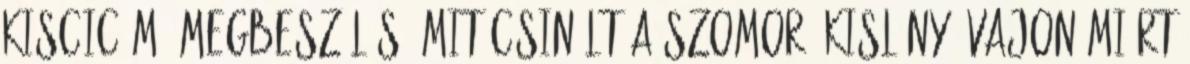
kiscicám. Megbeszélés: Mit csinált a szomorú kislány? Vajon miért